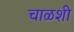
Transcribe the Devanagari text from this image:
चाळशी